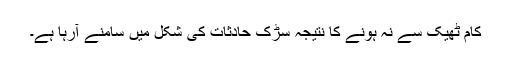
کام ٹھیک سے نہ ہونے کا نتیجہ سڑک حادثات کی شکل میں سامنے آرہا ہے۔